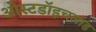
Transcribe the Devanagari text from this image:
ओस्टडॉइचलांड